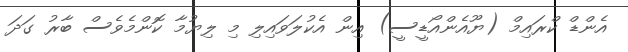
އެންޑް ކްރައިމް (ޔޫއެންއޯޑީސީ) އިން އެކުލަވައިލި މި ލިޔުމާ ކޮންމެވެސް ބާރު ގަދަ